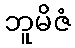
ဘူမိဇံ